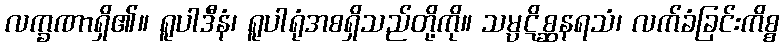
လက္ခဏာရှိ၏။ ရူပါဒီနံ၊ ရူပါရုံအစရှိသည်တို့ကို။ သမ္ပဋိစ္ဆနရသံ၊ လက်ခံခြင်းကိစ္စ